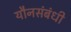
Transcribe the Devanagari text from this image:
यौनसंबंधी